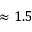
\approx 1 . 5